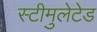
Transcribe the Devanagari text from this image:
स्टीमुलेटेड